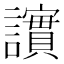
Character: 𫍒